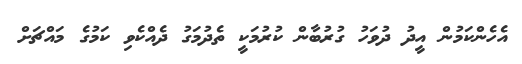
އެހެންކަމުން އީދު ދުވަހު ގުރުބާން ކުރުމަކީ ތެދުމަގު ދެއްކެވި ކަމުގެ މައްޗަށް